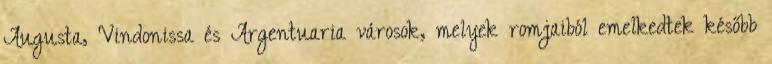
Augusta, Vindonissa és Argentuaria városok, melyek romjaiból emelkedtek később